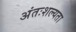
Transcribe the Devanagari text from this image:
अंतःशल्यता